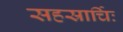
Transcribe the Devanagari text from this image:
सहस्रार्चिः